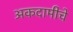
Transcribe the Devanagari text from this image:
अकदामीचे